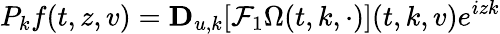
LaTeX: P_{k}f(t,z,v)=\mathbf{D}_{u,k}[\mathcal{F}_{1}\Omega(t,k,\cdot)](t,k,v)e^{izk}